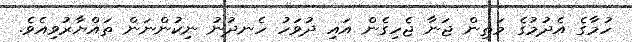
ހުމާގެ އެދުމުގެ މަތިން ޖަނާ ޖެހިގެން އައި ދުވަހު ހެނދުނު ނިކުންނަން ތައްޔާރުވިއެވެ.